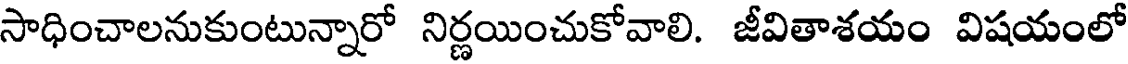
సాధించాలనుకుంటున్నారో నిర్ణయించుకోవాలి. జీవితాశయం విషయంలో